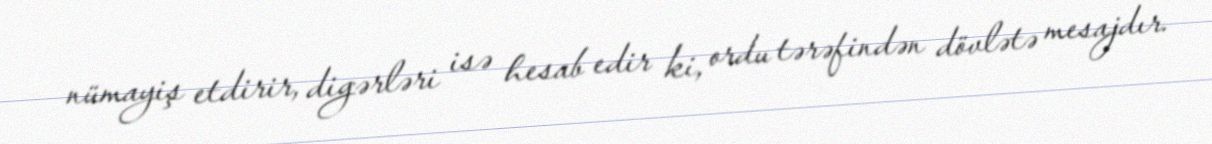
nümayiş etdirir, digərləri isə hesab edir ki, ordu tərəfindən dövlətə mesajdır.